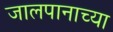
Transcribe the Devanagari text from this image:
जालपानाच्या